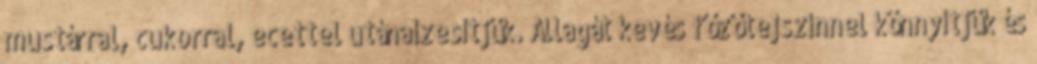
mustárral, cukorral, ecettel utánaízesítjük. Állagát kevés főzőtejszínnel könnyítjük és